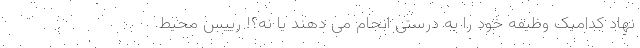
نهاد کدامیک وظیفه خود را به درستی انجام می دهند یا نه؟! رییس محیط